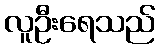
လူဦးရေသည်